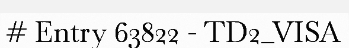
# Entry 63822 - TD2_VISA